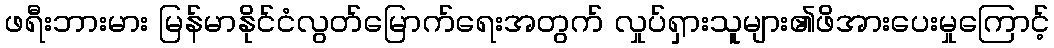
ဖရီးဘားမား မြန်မာနိုင်ငံလွတ်မြောက်ရေးအတွက် လှုပ်ရှားသူများ၏ဖိအားပေးမှုကြောင့်